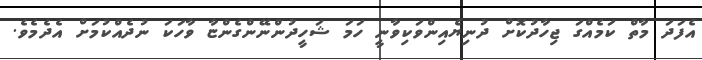
އެފަދަ މާތް ކަމެއްގަ ޖިހާދުކޮށް ދުނިޔެއިންވަކިވާނީ ހަމަ ޝަހީދުންނޭންގެންޏާ ވާހަކަ ނުދެއްކުމަށް އެދެމެވެ.